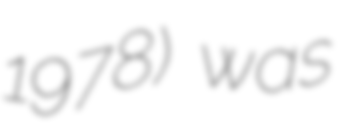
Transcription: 1978) was